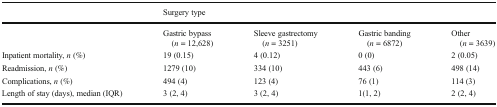
<table><thead><tr><td></td><td colspan="4"><b>Surgery type</b></td></tr></thead><tbody><tr><td></td><td>Gastric bypass (<i>n</i> = 12,628)</td><td>Sleeve gastrectomy (<i>n</i> = 3251)</td><td>Gastric banding (<i>n</i> = 6872)</td><td>Other (<i>n</i> = 3639)</td></tr><tr><td>Inpatient mortality, <i>n</i> (%)</td><td>19 (0.15)</td><td>4 (0.12)</td><td>0 (0)</td><td>2 (0.05)</td></tr><tr><td>Readmission, <i>n</i> (%)</td><td>1279 (10)</td><td>334 (10)</td><td>443 (6)</td><td>498 (14)</td></tr><tr><td>Complications, <i>n</i> (%)</td><td>494 (4)</td><td>123 (4)</td><td>76 (1)</td><td>114 (3)</td></tr><tr><td>Length of stay (days), median (IQR)</td><td>3 (2, 4)</td><td>3 (2, 4)</td><td>1(1, 2)</td><td>2 (2, 4)</td></tr></tbody></table>